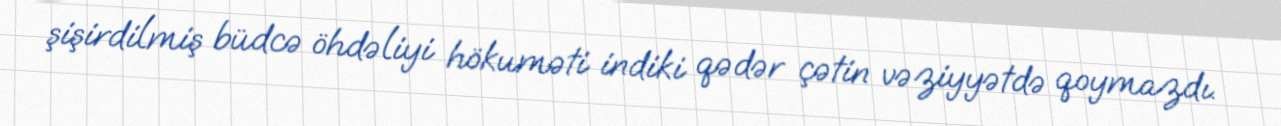
şişirdilmiş büdcə öhdəliyi hökuməti indiki qədər çətin vəziyyətdə qoymazdı.